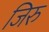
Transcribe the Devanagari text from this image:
जिरु